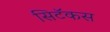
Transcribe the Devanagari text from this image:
सिटॅकस